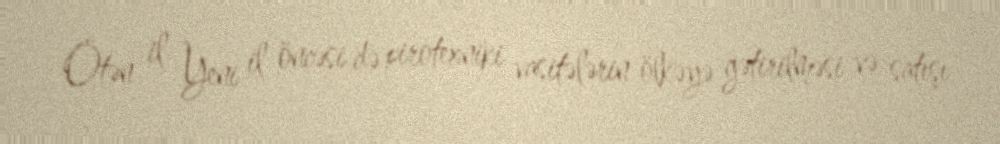
Ötən il Yeni il öncəsi də pirotexniki vasitələrin ölkəyə gətirilməsi və satışı